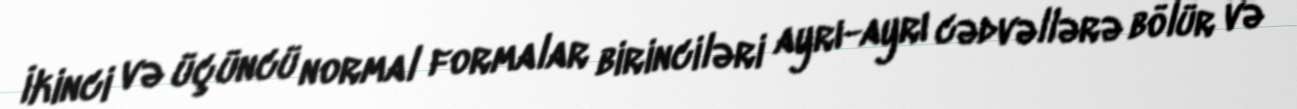
İkinci və üçüncü normal formalar birinciləri ayrı-ayrı cədvəllərə bölür və